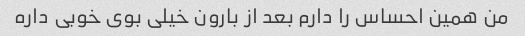
من همین احساس را دارم بعد از بارون خیلی بوی خوبی داره